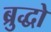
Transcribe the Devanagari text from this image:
ब्रुद्धो